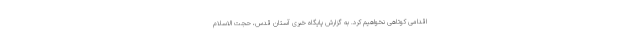
اقدامی کوتاهی نخواهیم کرد. به گزارش پایگاه خبری آستان قدس، حجت الاسلام